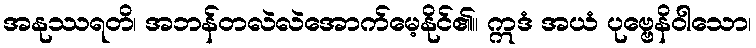
အနုဿရတိ၊ အဘန်တလဲလဲအောက်မေ့နိုင်၏။ ဣဒံ အယံ ပုဗ္ဗေနိဝါသော၊